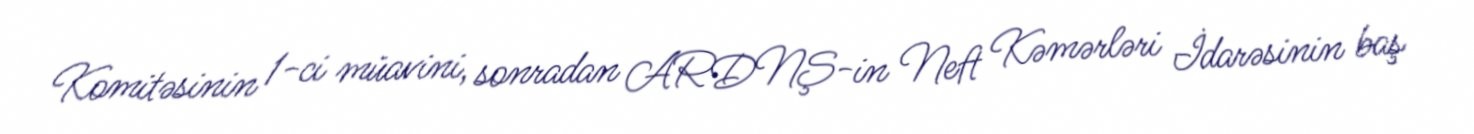
Komitəsinin 1-ci müavini, sonradan ARDNŞ-in Neft Kəmərləri İdarəsinin baş